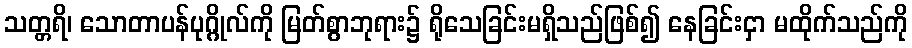
သတ္တရိ၊ သောတာပန်ပုဂ္ဂိုလ်ကို မြတ်စွာဘုရား၌ ရိုသေခြင်းမရှိသည်ဖြစ်၍ နေခြင်းငှာ မထိုက်သည်ကို